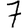
Digit: 7